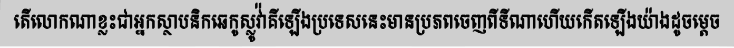
តើលោកណាខ្លះជាអ្នកស្ថាបនិកឆេកូស្លូវ៉ាគីឡើងប្រទេសនេះមានប្រភពចេញពីទីណាហើយកើតឡើងយ៉ាងដូចម្តេច